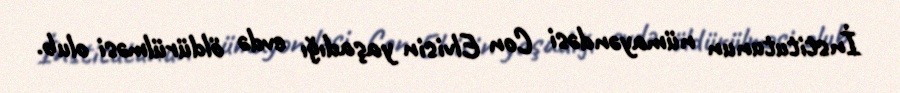
İnstitutunun nümayəndəsi Con Elvisin yaşadığı evdə öldürülməsi olub.